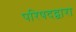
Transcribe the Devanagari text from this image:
परिषदद्वारा